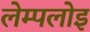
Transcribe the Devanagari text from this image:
लेम्पलोइ